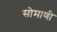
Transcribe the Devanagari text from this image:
सोमाणी